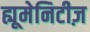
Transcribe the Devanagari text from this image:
ह्यूमेनिटीज़